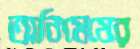
অনিমেষের